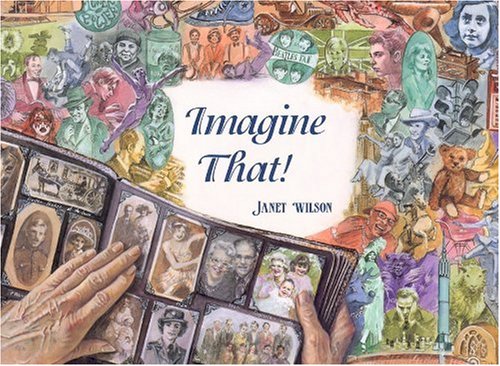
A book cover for Imagine That!; Janet Wilson; Children's Books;